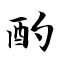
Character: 酌